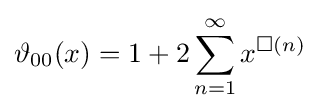
\vartheta _{00}(x)=1+2\sum _{n=1}^{\infty }x^{\Box (n)}